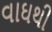
વાઘથી